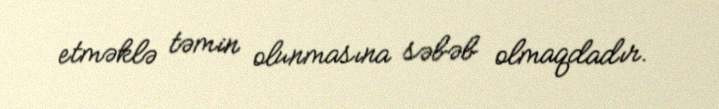
etməklə təmin olunmasına səbəb olmaqdadır.